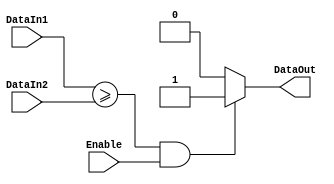
`timescale 1ns / 1ps
//////////////////////////////////////////////////////////////////////////////////
// Company: 
// Engineer: 
// 
// Create Date: 
// Design Name: 
// Module Name: 
// Project Name: 
// Target Devices: 
// Tool Versions: 
// Description: 
// 
// Dependencies: 
// 
// Revision:
// Revision 0.01 - File Created
// Additional Comments:
// 
//////////////////////////////////////////////////////////////////////////////////

module Comparador # (parameter SAMPLES=128, parameter OSF=8) (Enable,DataIn1,DataIn2,DataOut);
	input wire Enable;	
    input wire [$clog2(SAMPLES*OSF):0] DataIn1;//actual
    input wire [$clog2(SAMPLES*OSF):0] DataIn2;//media movil
    output wire DataOut;

    reg salida;


	always @ (*)
	begin
		if (DataIn1>=DataIn2&&Enable) 
		begin
			salida=1'd1;
		end
		else
		begin
			salida=1'd0;
		end
	end
	assign DataOut = salida;

endmodule